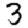
Digit: 3